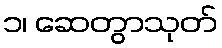
၁၊ ဆေတွာသုတ်